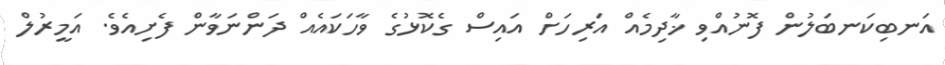
އަނބިކަނބަލުން ފޮނުއްވި ޚާދިމެއް އަރިހަށް އައިސް ގެކޮޅުގެ ވާހަކައެއް ދަންނަވާން ފެށިއެވެ. އަމީރުލް